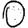
Digit: 0